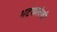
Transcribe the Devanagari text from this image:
भटकलेली